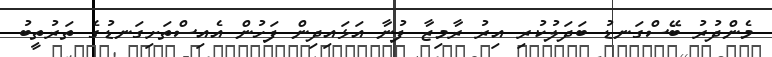
މެންދުރު ބޭސްގަނޑު ބަދަލުކުރި އިރު ރާމިޒާ ފުނާ އަޅައިދިން ފަހުން އެއިސްތަށިގަނޑުގެ ތަރުތީބު